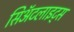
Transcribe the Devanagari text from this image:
सिॲटलाइट्स